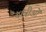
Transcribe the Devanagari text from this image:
यात्रीओं